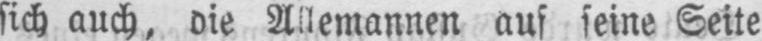
sich auch, die Allemannen auf seine Seite